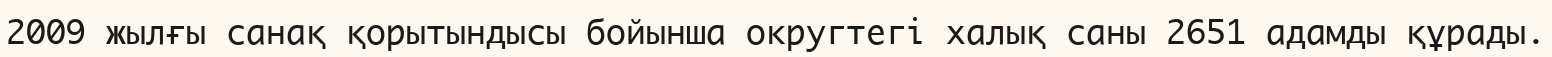
2009 жылғы санақ қорытындысы бойынша округтегі халық саны 2651 адамды құрады.